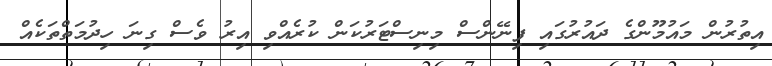
އިތުރުން މައުމޫންގެ ދައުރުގައި ފިނޭންސް މިނިސްޓަރުކަން ކުރެއްވި އިރު ވެސް ގިނަ ހިދުމަތްތަކެއް